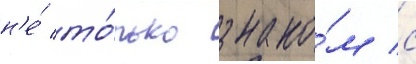
н'е́ то́лько знако́м с